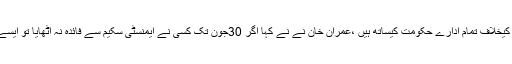
وزیر اعظم عمران خا ن نے بھی دوٹوک الفاظ میں کہہ دیا کہ ٹیکس چوروں کیخلاف تمام ادارے حکومت کیساتھ ہیں ،عمران خان نے نے کہا اگر 30جون تک کسی نے ایمنسٹی سکیم سے فائدہ نہ اٹھایا تو ایسے تمام لوگوں کیخلاف کریک ڈاﺅن میں حکومت ہر طرح کا تعاون کرے گی ۔